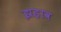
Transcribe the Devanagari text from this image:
झड़ाव